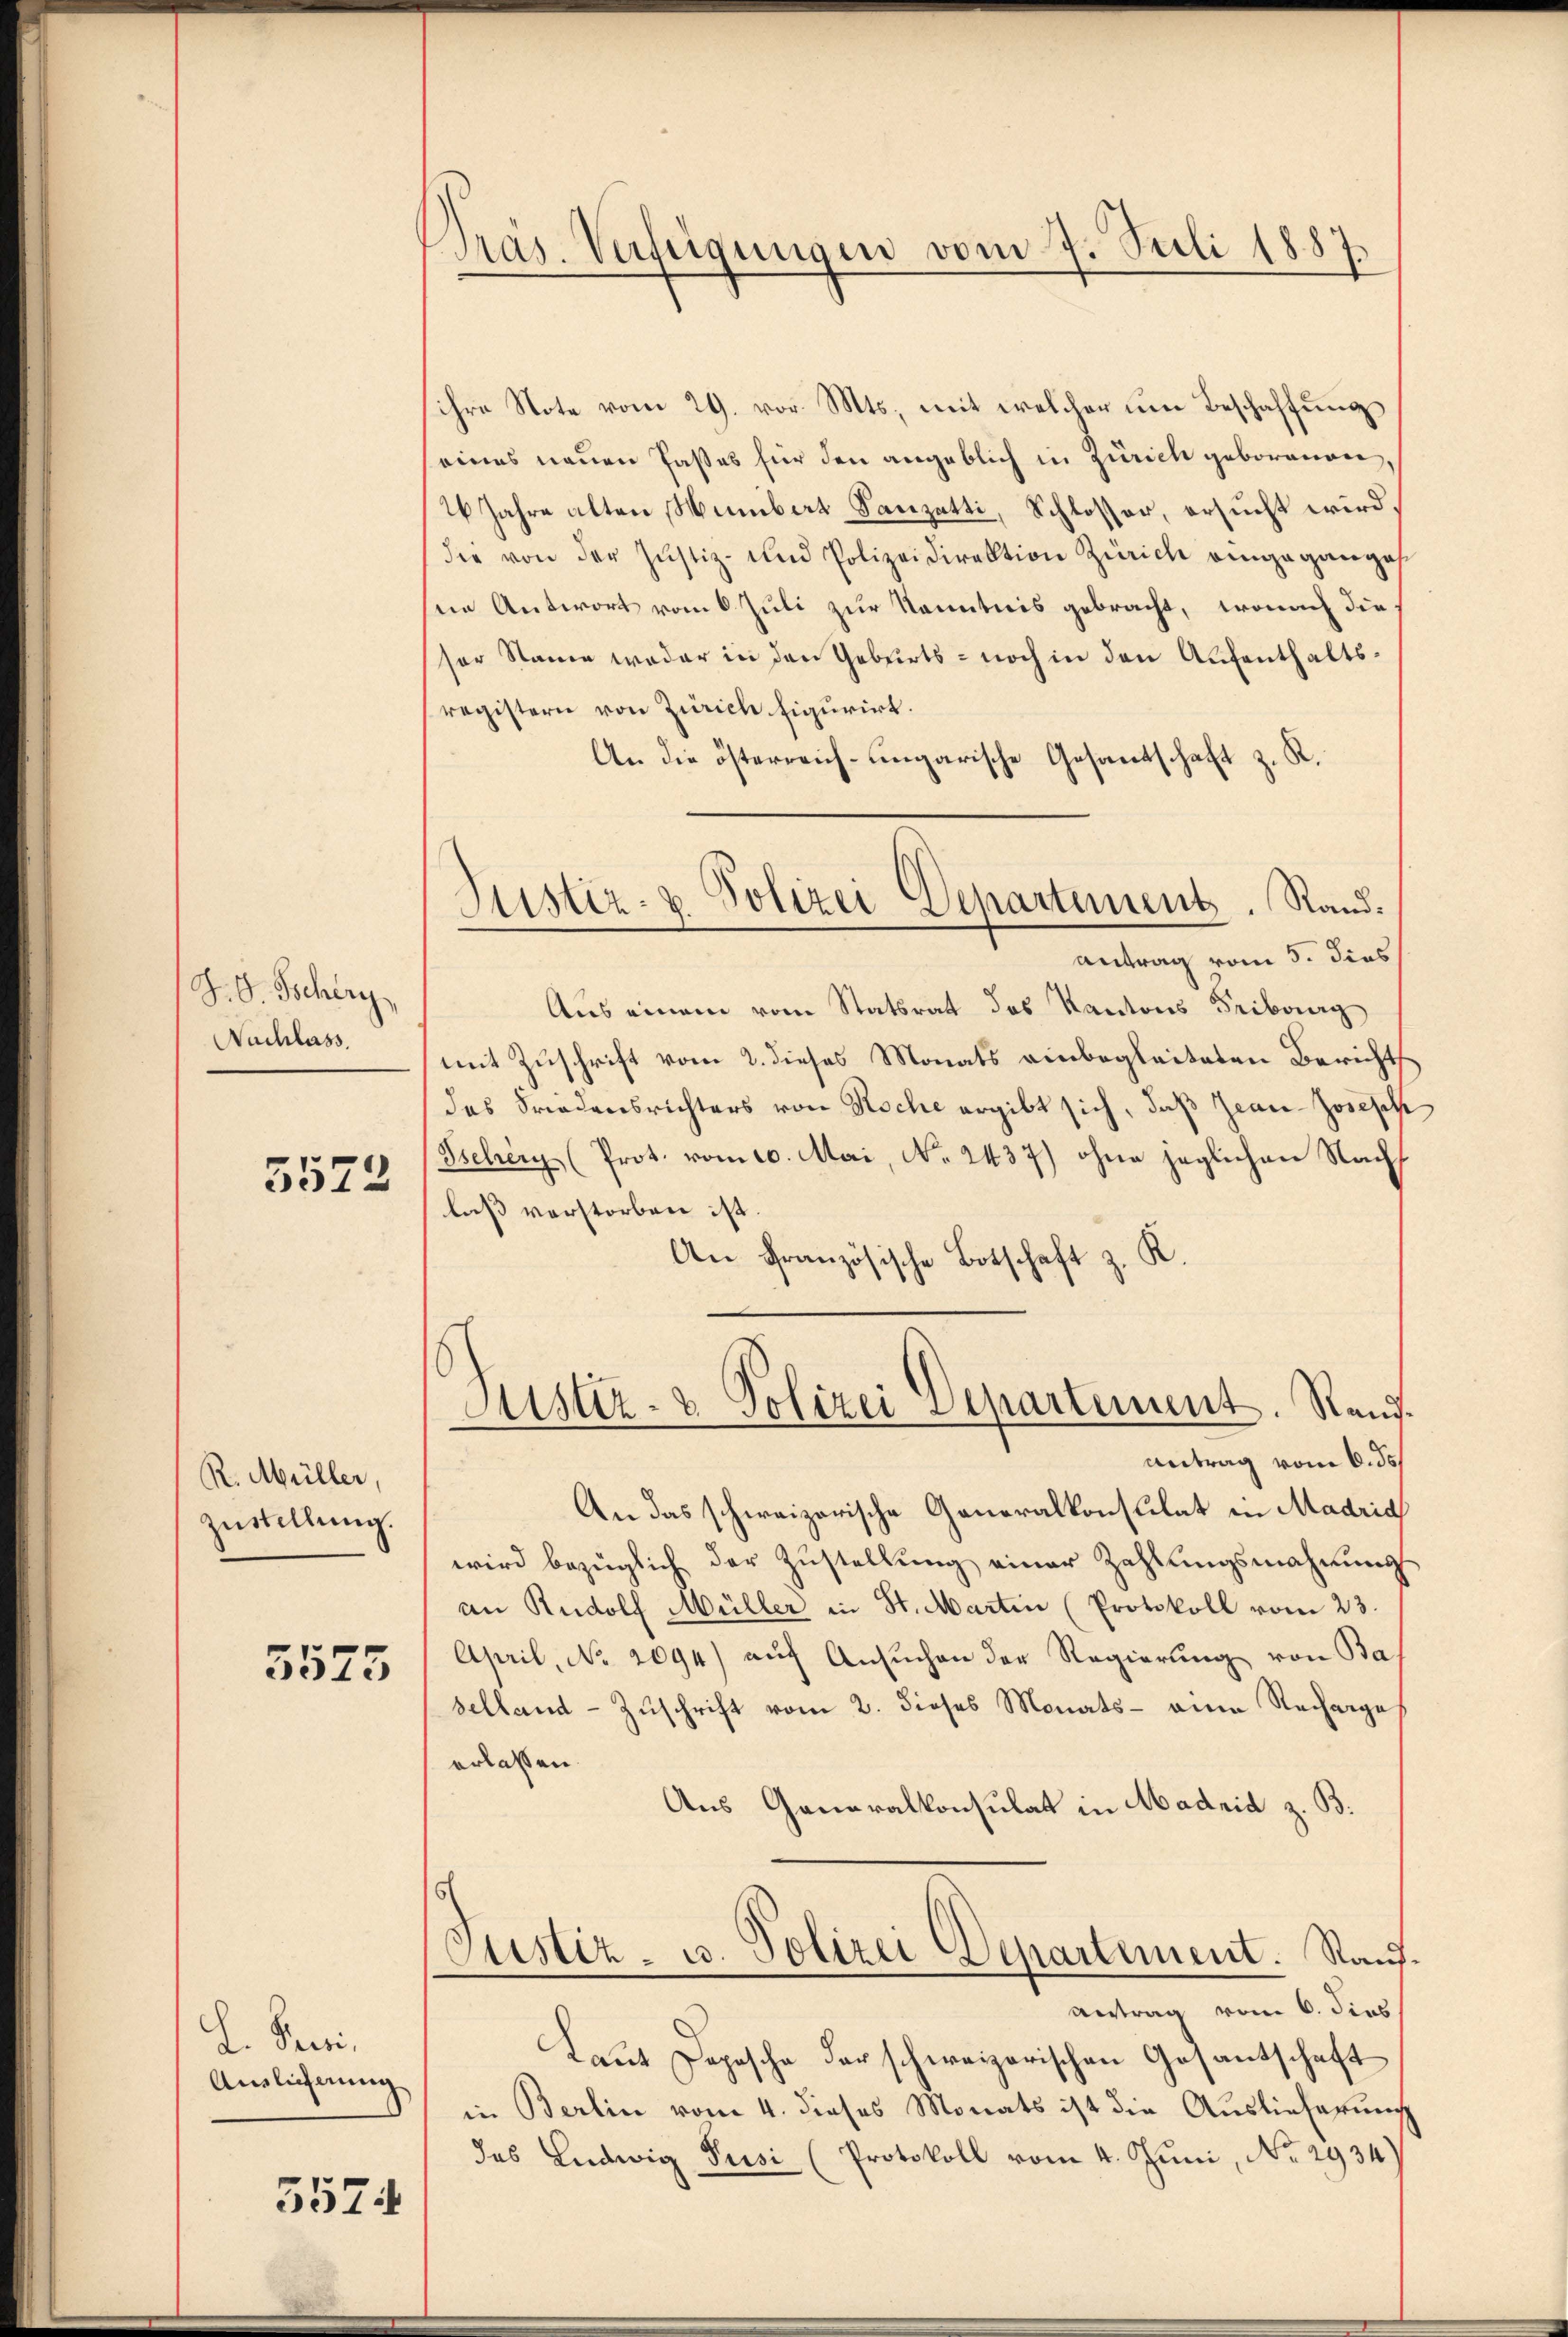
J. G. Tscherg
Nuchlass
5572

R. Müller,
Zustellung.
3575

L. Peci,
Auslichnung

5574

Präs. Verfügungen vom 7. Juli 1887.

ihre Note vom 29. vor. Mts., mit welcher um Beschaffung
eines neuen Paßes für den angeblich in Zürich geborenen,
2 Jahre alten Humbert Tanzatti, Schlosser, ersucht wird,
die von der Justiz- und Polizeidirektion Zürich eingeganges
ne Antwort vom 6. Juli zur Kenntnis gebracht, wonach die
sor Name weder in den Geburts- noch in den Aufenthaltsregistern von Zürich figurirt.
An die österreich-ungarische Gesantschaft z. R.
Antrag vom 5. dies
Aus einem vom Statsrat des Kantons Fribourg
mit Zuschrift vom 2. dieses Monats einbegleiteten Berichts
das Friedensrichters von Roche ergibt sich, daß Jean Joseph
Behrery (Prot. vom 10. Mai, No. 2437) ohne jeglichen Nachlaß vorstorben ist.
An Französische Botschaft z. K.
Sistiz- & Polizei Separtement. Rand.
—
Antrag vom 6. ds.
An das schweizerische Generalkonsulat in Madria
wird bezüglich der Zustellung einer Zahlungsmahnung
an Rudolf Müller in St. Martin (Protokoll vom 23.
April, No 2094) auf Ansuchen der Regierung von Bas
selland - Zuschrift vom 2. dieses Monats - eine Rechange
erlassen.
Aus Generalkonsulat in Madrid z. B.
s
Justiz- u. Polizei Departement. Rand¬
.
Antrag vom 6. dies
Laut Depesche der schweizerischen Gesantschaft
in Berlin vom 4. dieses Monats ist die Auslieferung
das Ludwig Pusi (Protokoll vom 4. Juni, No. 2934)

6
Justiz- & Polizei Departement. Rand¬